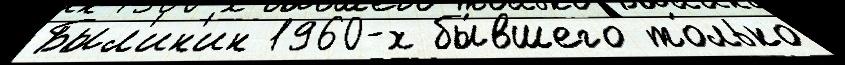
Был'ин'ин 1960-х бы́вшего то́лько